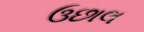
ઉછાલ